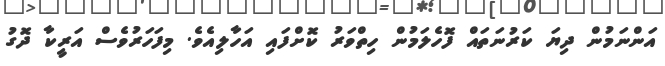
އަންނަމުން ދިޔަ ކަރުނަތައް ފޮހެލަމުން ހިތްވަރު ކޮށްފައި އަހާލިއެވެ. މިފަހަރުވެސް އަރީކާ ދޮގު